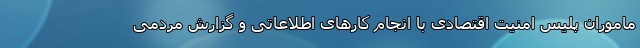
ماموران پلیس امنیت اقتصادی با انجام کارهای اطلاعاتی و گزارش مردمی